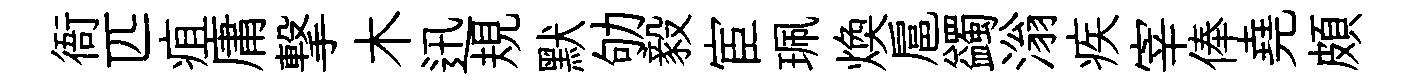
衙匹疽庸撃木迅規默劬毅宦珮煥扈蠲滃疾宰俸堯頗